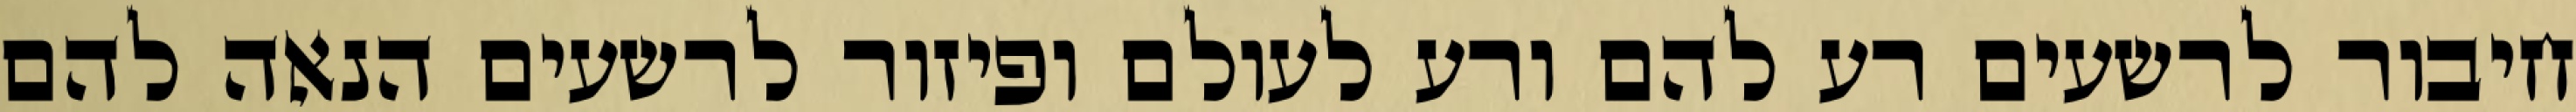
חיבור לרשעים רע להם ורע לעולם ופיזור לרשעים הנאה להם